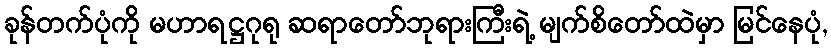
ခုန်တက်ပုံကို မဟာရဋ္ဌဂုရု ဆရာတော်ဘုရားကြီးရဲ့ မျက်စိတော်ထဲမှာ မြင်နေပုံ,